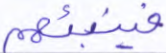
فينبئهم